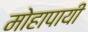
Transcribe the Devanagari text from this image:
मोहापायी